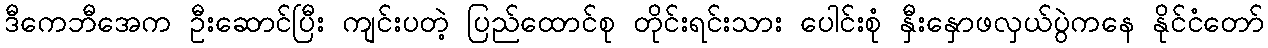
ဒီကေဘီအေက ဦးဆောင်ပြီး ကျင်းပတဲ့ ပြည်ထောင်စု တိုင်းရင်းသား ပေါင်းစုံ နှီးနှောဖလှယ်ပွဲကနေ နိုင်ငံတော်